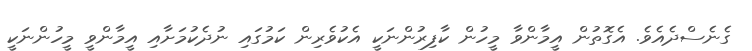
ގެނެސްދެއެވެ. އެގޮތުން އީމާންވާ މީހުން ކާފިރުންނަކީ އެކުވެރިން ކަމުގައި ނުދެކުމަށާއި އީމާންވީ މީހުންނަކީ